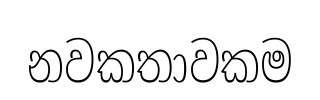
නවකතාවකම